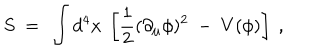
LaTeX: S ~ = ~ \int d ^ { 4 } x ~ \left[ \frac 1 2 ( \partial _ { \mu } \phi ) ^ { 2 } ~ - ~ V ( \phi ) \right] ~ ,